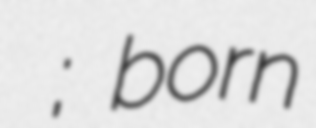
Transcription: Сергеевич Карташов; born